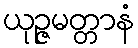
ယုဉ္ဇမတ္တာနံ